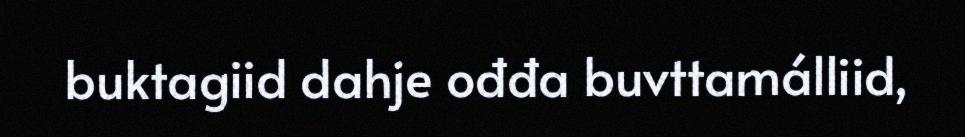
buktagiid dahje ođđa buvttamálliid,